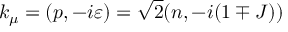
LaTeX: k _ { \mu } = ( p , - i \varepsilon ) = \sqrt { 2 } ( n , - i ( 1 \mp J ) )